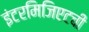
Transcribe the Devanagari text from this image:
इंटरमिजिएटची